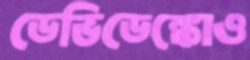
ডেভিডেঙ্কোও